NAE_ERA_R-2362_Emakeele_Selts, lk 45
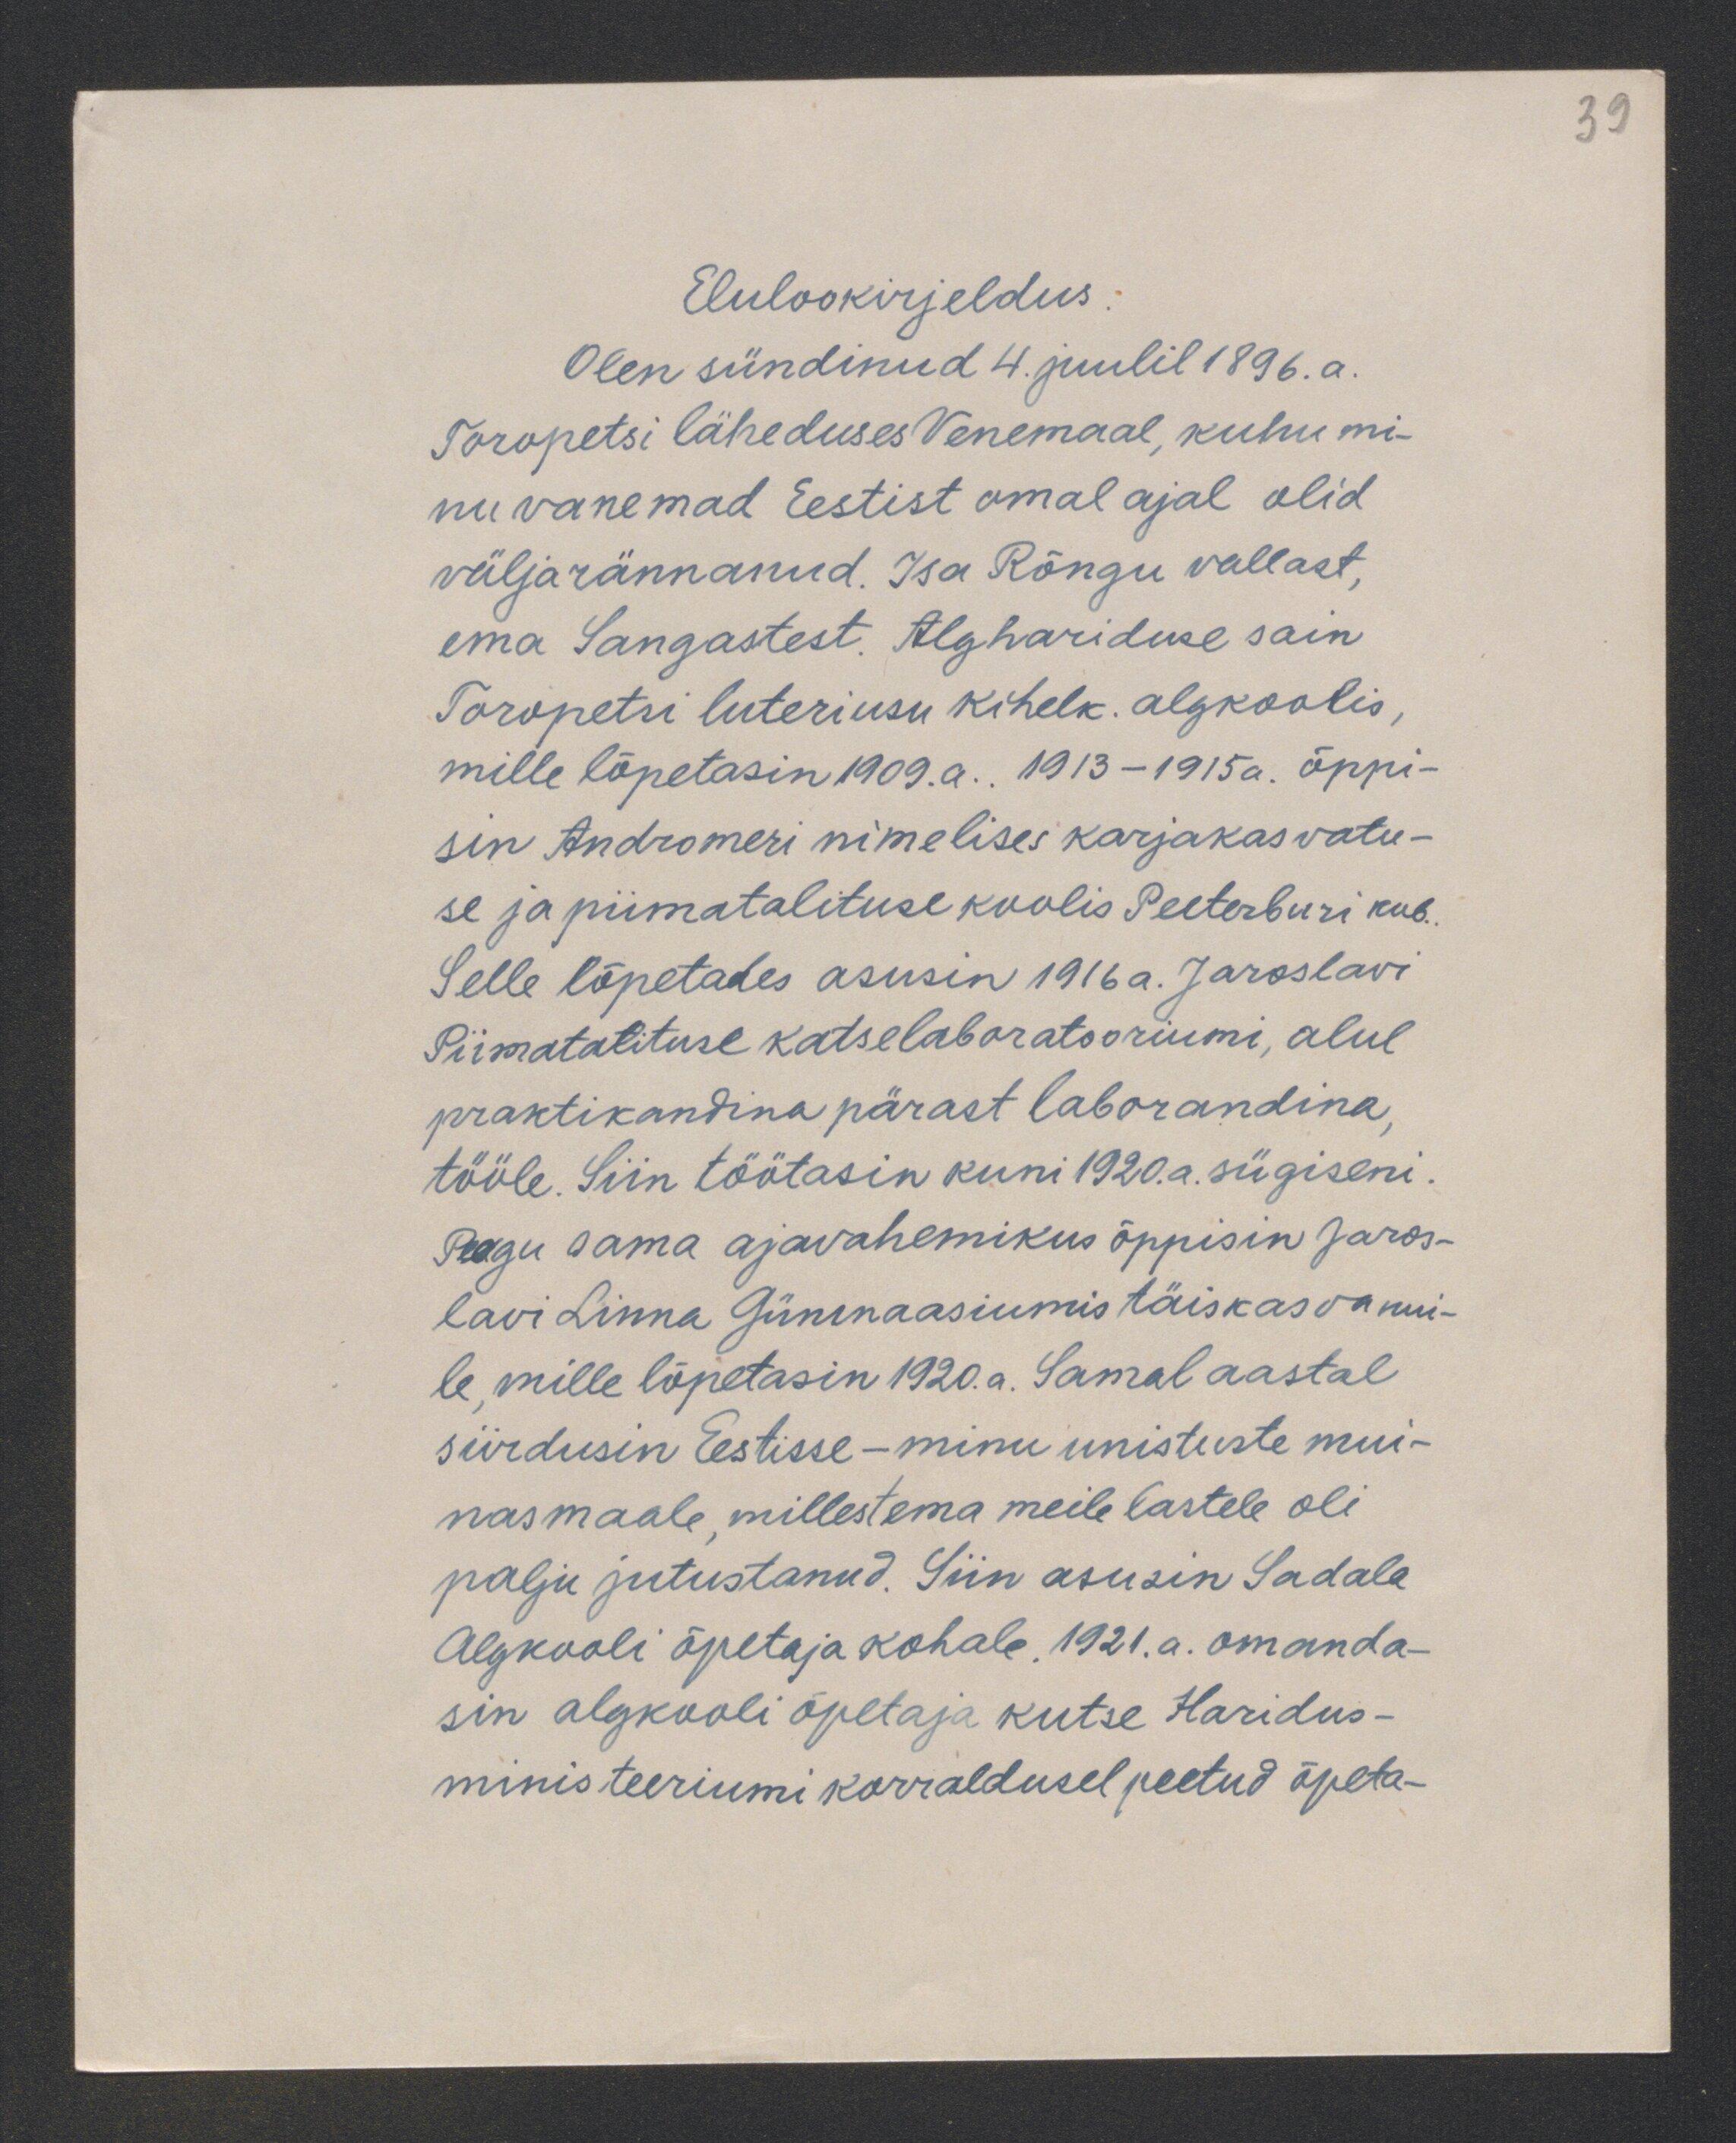
39

Elulookirjeldus:
Olen sündinud 4. juulil 1896.a.
Toropetsi läheduses Venemaal, kuhu mi-
nu vanemad Eestist omal ajal olid
väljarännanud. Isa Rõngu vallast,
ema Sangastest. Alghariduse sain
Toropetsi luteriusu kihelk. algkoolis
mille lõpetasin 1909. a. 1913-1915 a. õppi-
sin Andromeri nimelises karjakasvatu-
se ja piimatalituse koolis Peeterburi kub.
Selle lõpetades asusin 1916 a. Jaroslavi
Piimatalituse katselaboratooriumi, alul
praktikandina pärast laborandina,
tööle. Siin töötasin kuni 1920.a. sügiseni.
Peagu sama ajavahemikus õppisin Jaros-
lavi Linna Günnaasiumis täiskasvanui-
le, mille lõpetasin 1920.a. Samal aastal
siirdusin Eestisse - minu unistuste mui-
nasmaale millest ema meile lastele oli
palju jutustanud. Siin asusin Sadala
Algkooli õpetaja kohale. 1921.a. omanda-
sin algkooli õpetaja kutse Haridus-
minis teeriumi korraldusel peetud õpeta-